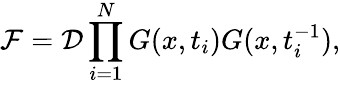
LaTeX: {\cal F}={\cal D}\prod_{i=1}^{N}G(x,t_{i})G(x,t_{i}^{-1}),